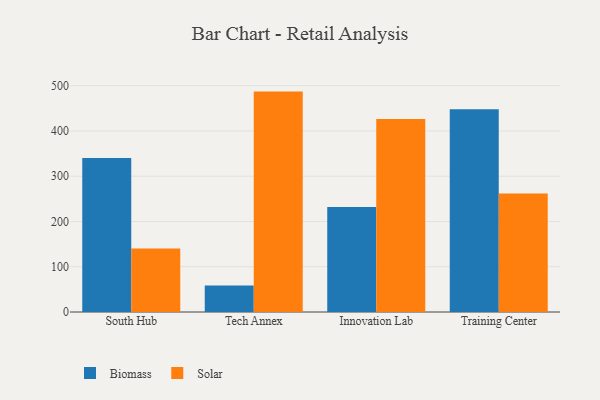
{"axis": {"x": "Campus", "y": "Website Visitors"}, "legend": ["Biomass", "Solar"], "data": [{"x": "South Hub", "y": 340.1, "type": "Biomass"}, {"x": "South Hub", "y": 140.3, "type": "Solar"}, {"x": "Tech Annex", "y": 58.6, "type": "Biomass"}, {"x": "Tech Annex", "y": 486.9, "type": "Solar"}, {"x": "Innovation Lab", "y": 232.0, "type": "Biomass"}, {"x": "Innovation Lab", "y": 426.1, "type": "Solar"}, {"x": "Training Center", "y": 448.1, "type": "Biomass"}, {"x": "Training Center", "y": 261.8, "type": "Solar"}]}